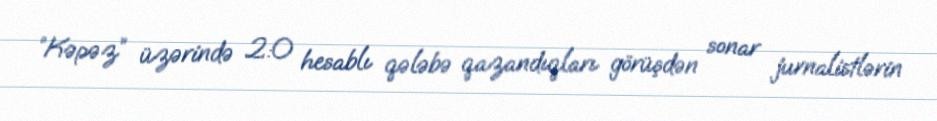
“Kəpəz” üzərində 2:0 hesablı qələbə qazandıqları görüşdən sonar jurnalistlərin